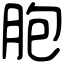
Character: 胞